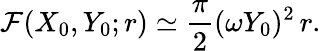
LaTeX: {\cal F}(X_{0},Y_{0};r)\simeq\frac{\pi}{2}(\omega Y_{0})^{2}\, r.